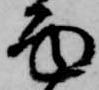
面